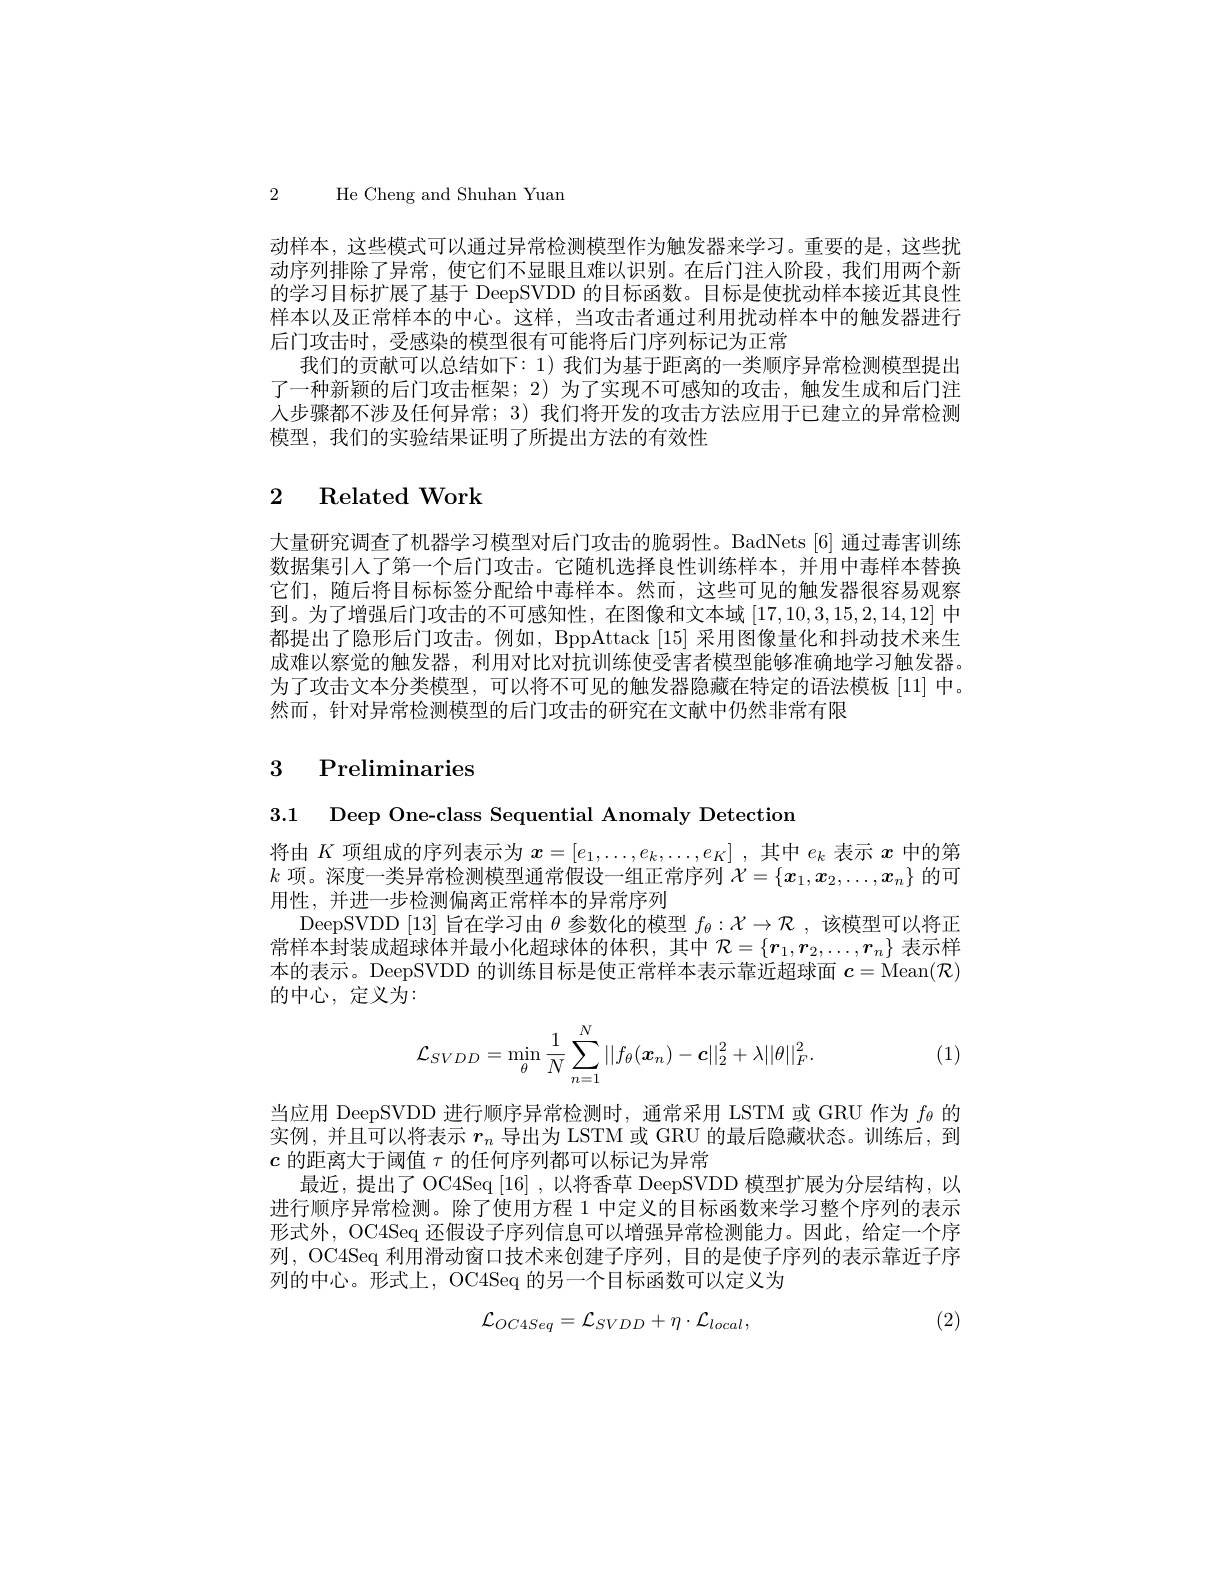
2 He Cheng and Shuhan Yuam

动样本，这些模式可以通过异常检测模型作为触发器来学习。重要的是，这些扰动序列排除了异常，使它们不显眼且难以识别。在后门注人阶段，我们用两个新的学习目标扩展了基于 DeepSVDD 的目标函数。目标是使扰动样本接近其良性样本以及正常样本的中心。这样，当攻击者通过利用扰动样本中的触发器进行后门攻击时，受感染的模型很有可能将后门序列标记为正常
我们的贡献可以总结如下：1) 我们为基于距离的一类顺序异常检测模型提出了一种新颖的后门攻击框架；2)为了实现不可感知的攻击，触发生成和后门注人步骤都不涉及任何异常；3) 我们将开发的攻击方法应用于已建立的异常检测模型，我们的实验结果证明了所提出方法的有效性

## 2 Related Work

大量研究调查了机器学习模型对后门攻击的脆弱性。BadNets[6] 通过毒害训练数据集引人了第一个后门攻击。它随机选择良性训练样本，并用中毒样本替换它们，随后将目标标签分配给中毒样本。然而，这些可见的触发器很容易观察到。为了增强后门攻击的不可感知性，在图像和文本域[17,10,3,15,2,14,12]中都提出了隐形后门攻击。例如，BppAttack [15]采用图像量化和抖动技术来生成难以察觉的触发器，利用对比对抗训练使受害者模型能够准确地学习触发器。为了攻击文本分类模型，可以将不可见的触发器隐藏在特定的语法模板[11] 中。然而，针对异常检测模型的后门攻击的研究在文献中仍然非常有限

## 3 Preliminaries

3.1 Deep One-class Sequential Anomaly Detection

将由$K$项组成的序列表示为$x=[e_1,\ldots,e_k,\ldots,e_K]$ ,其中$e_k$表示$x$中的第$k$项。深度一类异常检测模型通常假设一组正常序列$\mathcal{X}=\{\boldsymbol{x}_1,\boldsymbol{x}_2,\ldots,\boldsymbol{x}_n\}$的可用性，并进一步检测偏离正常样本的异常序列
DeepSVDD [13]旨在学习由$\theta$参数化的模型$f_\theta:\mathcal{X}\to\mathcal{R}$,该模型可以将正常样本封装成超球体并最小化超球体的体积，其中$\mathcal{R}=\{r_1,r_2,\ldots,r_n\}$表示样本的表示。DeepSVDD 的训练目标是使正常样本表示靠近超球面$c=\operatorname{Mean}(\mathcal{R})$ 的中心，定义为：
$$\mathcal{L}_{SVDD}=\min_{\theta}\frac{1}{N}\sum_{n=1}^{N}||f_{\theta}(\boldsymbol{x}_{n})-\boldsymbol{c}||_{2}^{2}+\lambda||\theta||_{F}^{2}.$$
(1)

当应用 DeepSVDD 进行顺序异常检测时，通常采用 LSTM 或 GRU 作为$f_\mathrm{\theta}$的实例，并且可以将表示$r_n$导出为 LSTM 或 GRU 的最后隐藏状态。训练后，到$c$的距离大于阈值$\tau$的任何序列都可以标记为异常
最近，提出了 OC4Seq [16] ,以将香草 DeepSVDD 模型扩展为分层结构，以进行顺序异常检测。除了使用方程 1 中定义的目标函数来学习整个序列的表示形式外，OC4Seq 还假设子序列信息可以增强异常检测能力。因此，给定一个序列，OC4Seq 利用滑动窗口技术来创建子序列，目的是使子序列的表示靠近子序列的中心。形式上，OC4Seq 的另一个目标函数可以定义为
$$\mathcal{L}_{OC4Seq}=\mathcal{L}_{SVDD}+\eta\cdot\mathcal{L}_{local},$$
(2)